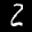
Label: 2